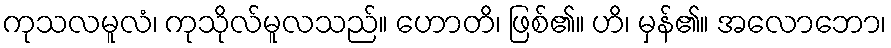
ကုသလမူလံ၊ ကုသိုလ်မူလသည်။ ဟောတိ၊ ဖြစ်၏။ ဟိ၊ မှန်၏။ အလောဘော၊